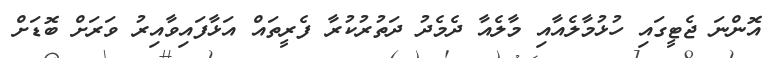
އޮންނަ ޖެޓީގައި ހުޅުމާލެއާއި މާލެއާ ދެމެދު ދަތުރުކުރާ ފެރީތައް އަޅާފައިވާއިރު ވަރަށް ބޮޑަށް